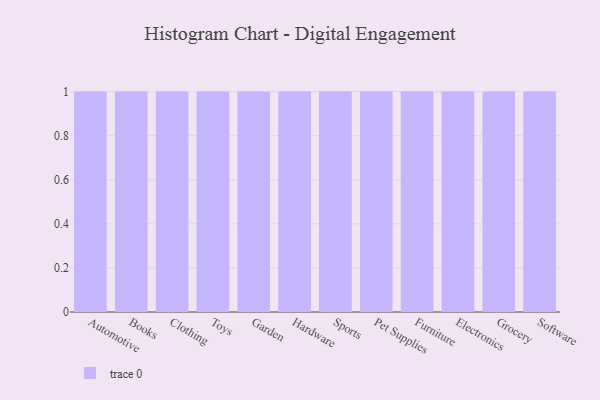
{"axis": {"x": "Category", "y": "Inventory Turnover"}, "legend": [""], "data": [{"x": "Automotive", "y": 40, "type": ""}, {"x": "Books", "y": 43, "type": ""}, {"x": "Clothing", "y": 19, "type": ""}, {"x": "Toys", "y": 16, "type": ""}, {"x": "Garden", "y": 78, "type": ""}, {"x": "Hardware", "y": 78, "type": ""}, {"x": "Sports", "y": 18, "type": ""}, {"x": "Pet Supplies", "y": 68, "type": ""}, {"x": "Furniture", "y": 46, "type": ""}, {"x": "Electronics", "y": 85, "type": ""}, {"x": "Grocery", "y": 12, "type": ""}, {"x": "Software", "y": 31, "type": ""}]}